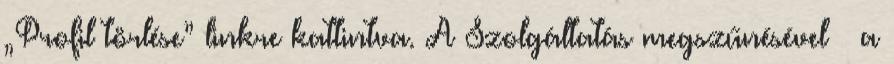
„Profil törlése” linkre kattintva. A Szolgáltatás megszűnésével – a